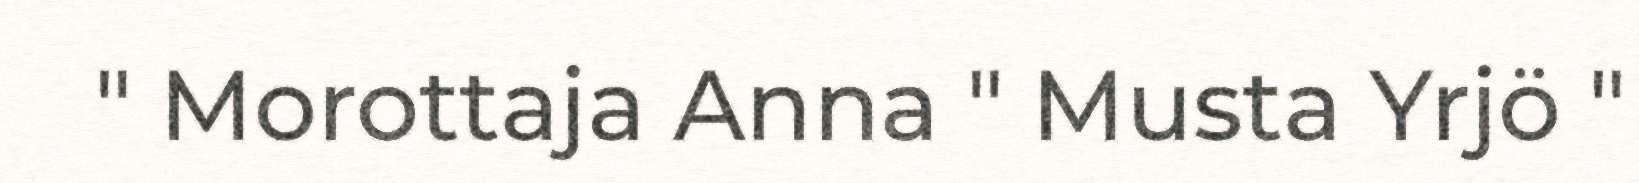
" Morottaja Anna " Musta Yrjö "